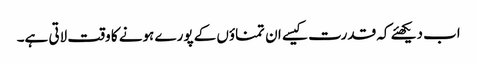
اب دیکھئے کہ قدرت کیسے ان تمناؤں کے پورے ہونے کا وقت لاتی ہے۔